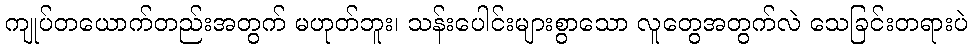
ကျုပ်တယောက်တည်းအတွက် မဟုတ်ဘူး၊ သန်းပေါင်းများစွာသော လူတွေအတွက်လဲ သေခြင်းတရားပဲ